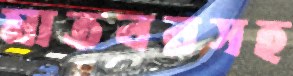
মাতবরসহ